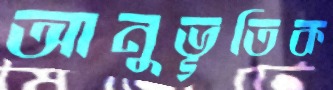
আনুভূতিক